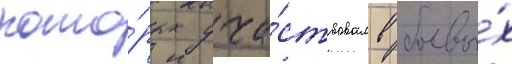
кото́рых уча́ствовал в боевы́х